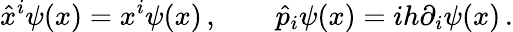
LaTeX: \hat{x}^{i}\psi(x)=x^{i}\psi(x)\, ,\qquad\hat{p}_{i}\psi(x)=ih\partial_{i}\psi(x)\, .